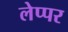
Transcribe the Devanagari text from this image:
लेप्पर